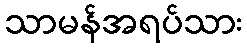
သာမန်အရပ်သား